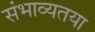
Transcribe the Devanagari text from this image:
संभाव्यतया